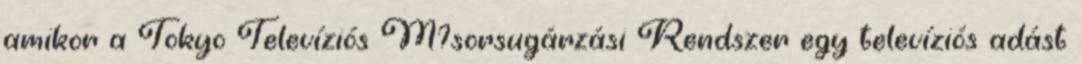
amikor a Tokyo Televíziós M?sorsugárzási Rendszer egy televíziós adást